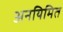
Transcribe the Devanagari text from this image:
अनयिमित